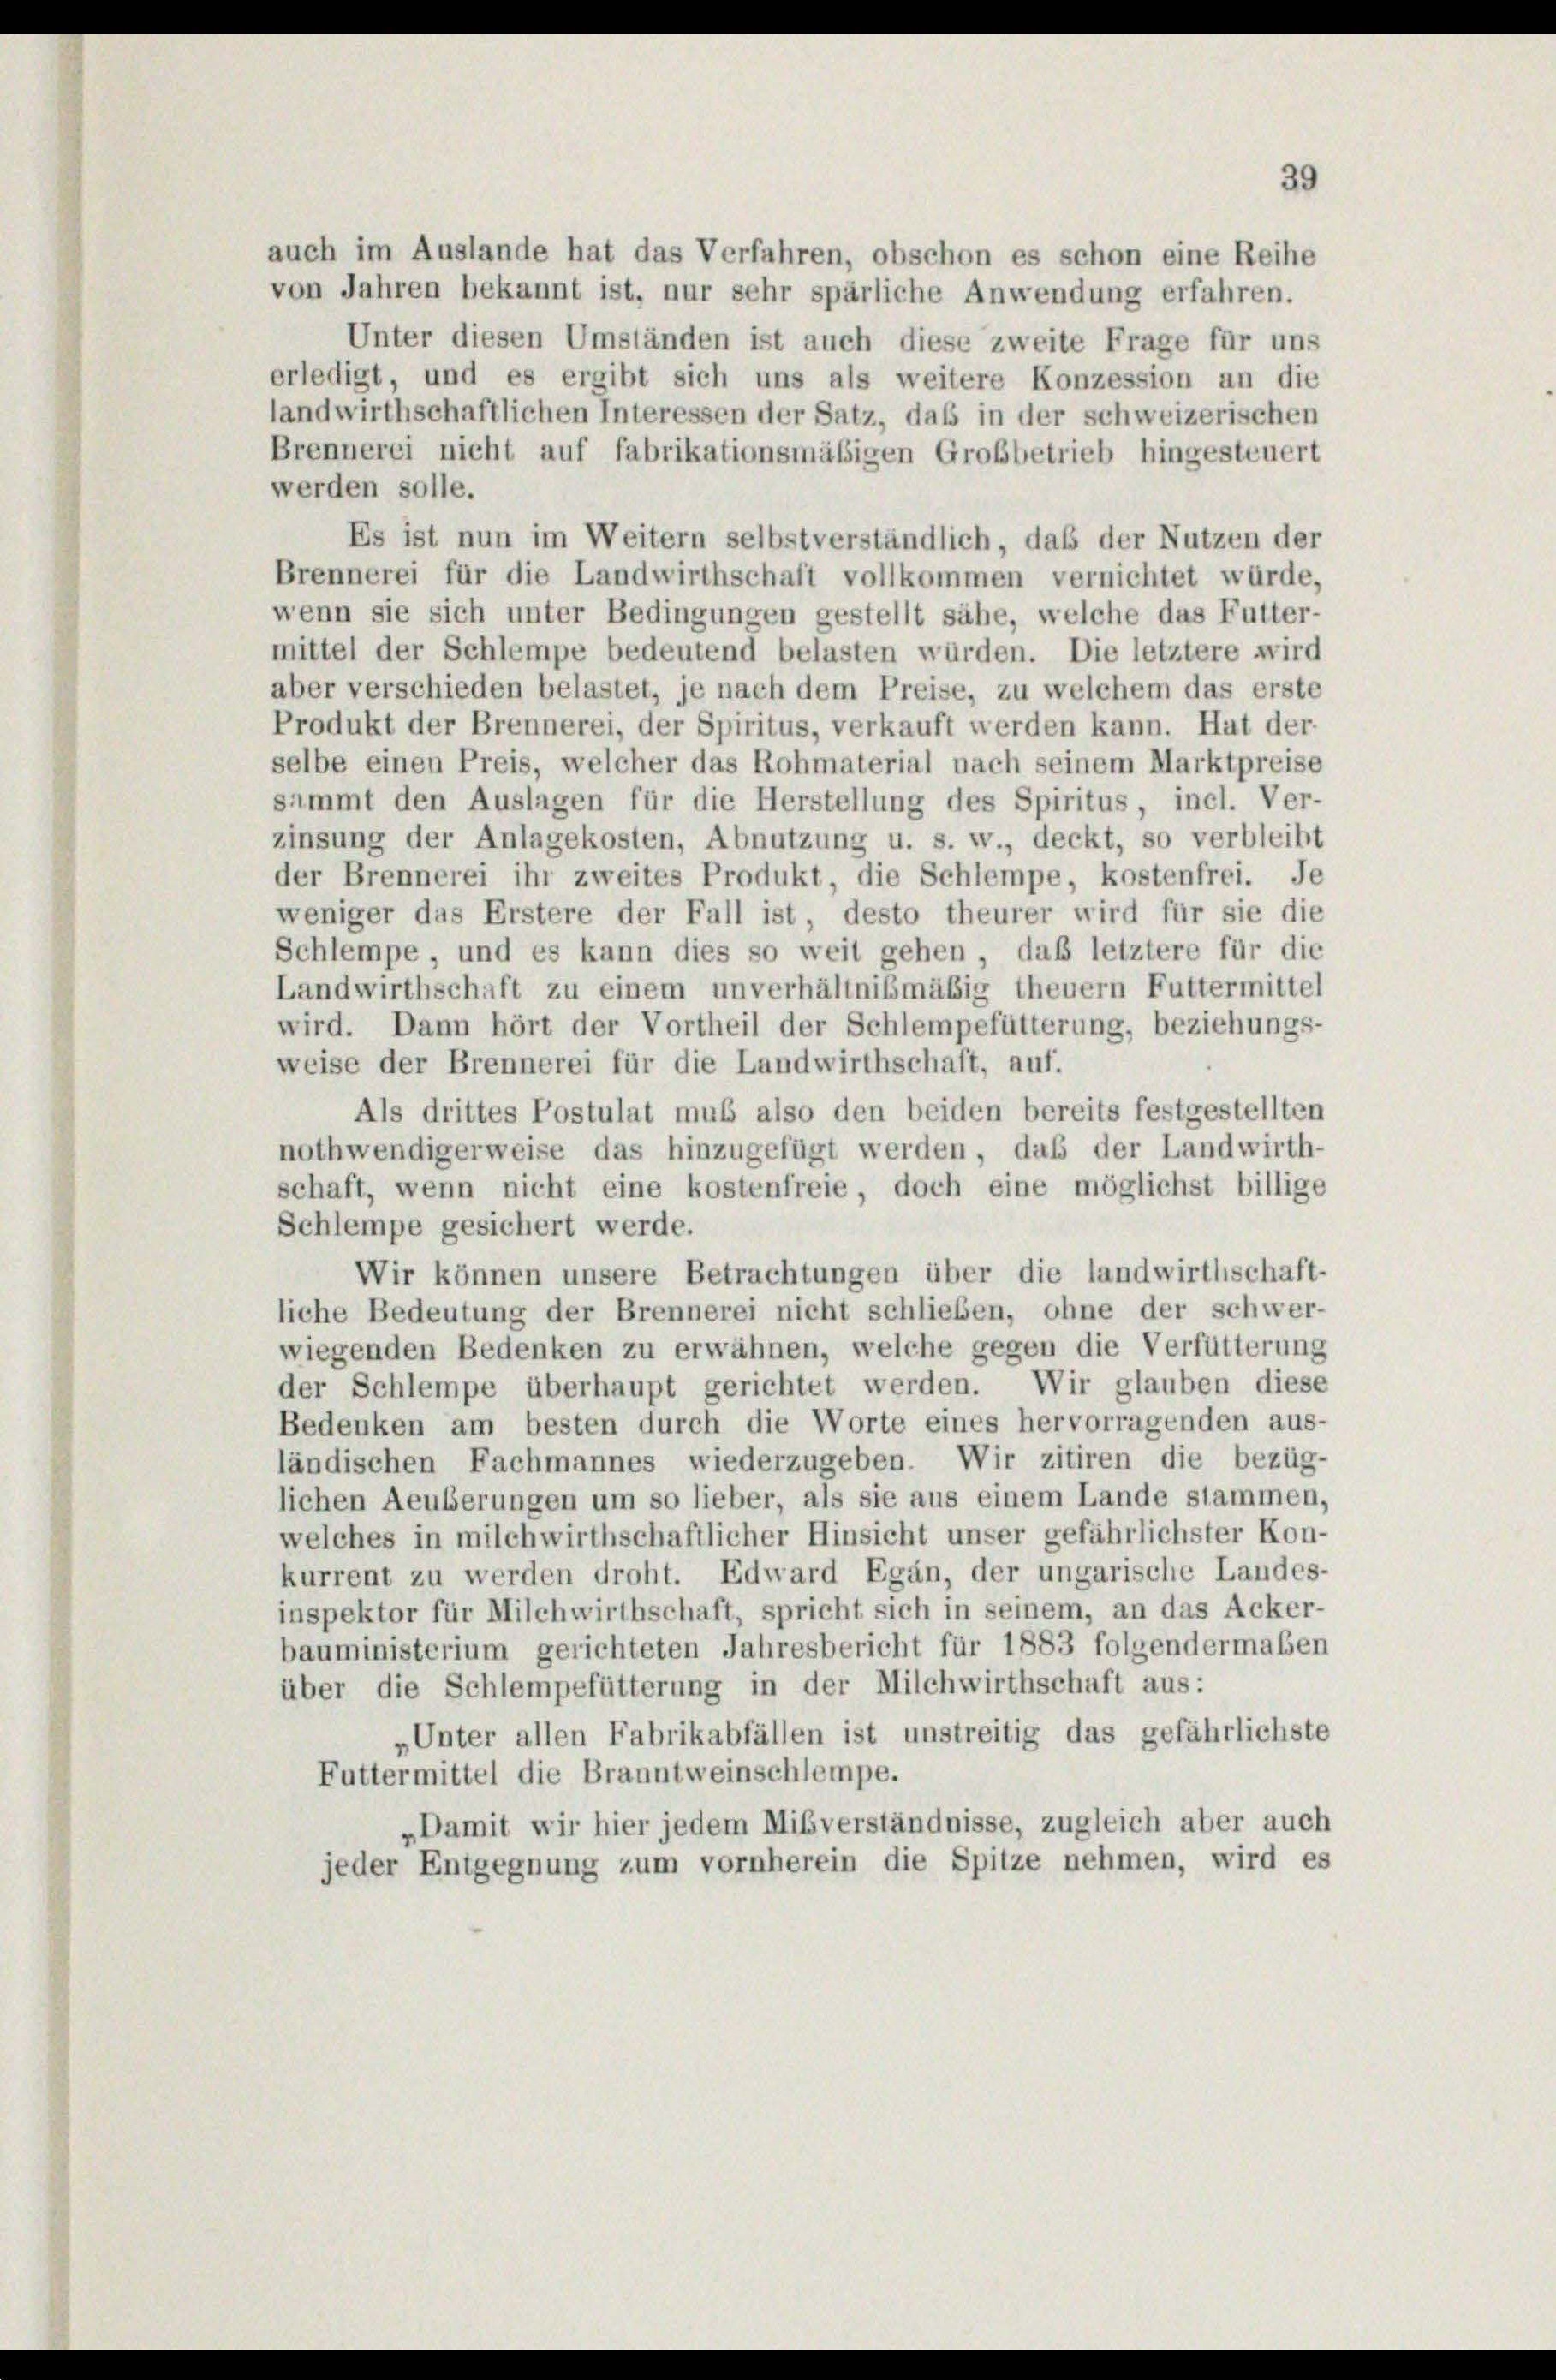
auch im Auslande hat das Verfahren, obschon es schon eine Reihe
von Jahren bekannt ist, nur sehr spärliche Anwendung erfahren.
Unter diesen Umständen ist auch diese zweite Frage für uns
erledigt, und es ergibt sich uns als weitere Konzession an die
landwirthschaftlichen Interessen der Satz, daß in der schweizerischen
Brennerei nicht auf fabrikationsmäßigen Grobbetrieb hingesteuert
werden solle.
Es ist nun im Weitern selbstverständlich, daß der Nutzen der
Brennerei für die Landwirthschaft vollkommen vernichtet würde,
wenn sie sich unter Bedingungen gestellt sähe, welche das Futter-
mittel der Schlempe bedeutend belasten würden. Die letztere wird
aber verschieden belastet, je nach dem Preise, zu welchem das erste
Produkt der Brennerei, der Spiritus, verkauft werden kann. Hat der-
selbe einen Preis, welcher das Rohmaterial nach seinem Marktpreise
sammt den Auslagen für die Herstellung des Spiritus, incl. Ver-
zinsung der Anlagekosten, Abnutzung u. s. w., deckt, so verbleibt
der Brennerei ihr zweites Produkt, die Schlempe, kostenfrei. Je
weniger das Erstere der Fall ist, desto theurer wird für sie die
Schlempe, und es kann dies so weit gehen, daß letztere für die
Landwirthschaft zu einem unverhältnißmäßig theuern Futtermittel
wird. Dann hört der Vortheil der Schlempefütterung, beziehungs-
weise der Brennerei für die Landwirthschaft, auf.
Als drittes Postulat muß also den beiden bereits festgestellten
nothwendigerweise das hinzugefügt werden, daß der Landwirth-
schaft, wenn nicht eine kostenfreie, doch eine möglichst billige
Schlempe gesichert werde.
Wir können unsere Betrachtungen über die landwirthschaft-
liche Bedeutung der Brennerei nicht schließen, ohne der schwer-
wiegenden Bedenken zu erwähnen, welche gegen die Verfütterung
der Schlempe überhaupt gerichtet werden. Wir glauben diese
Bedenken am besten durch die Worte eines hervorragenden aus-
ländischen Fachmannes wiederzugeben. Wir zitiren die bezüg-
lichen Aeußerungen um so lieber, als sie aus einem Lande stammen,
welches in milchwirthschaftlicher Hinsicht unser gefährlichster Kon-
kurrent zu werden droht. Edward Egan, der ungarische Landes-
inspektor für Milchwirthschaft, spricht sich in seinem, an das Acker-
bauministerium gerichteten Jahresbericht für 1883 folgendermaßen
über die Schlempefütterung in der Milchwirthschaft aus:
„Unter allen Fabrikabfällen ist unstreitig das gefährlichste
Futtermittel die Branntweinschlempe.
„Damit wir hier jedem Mißverständnisse, zugleich aber auch
jeder Entgegnung zum vornherein die Spitze nehmen, wird es

39